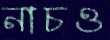
নাচও